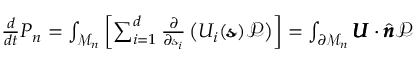
\begin{array} { r } { \frac { d } { d t } P _ { n } = \int _ { \mathcal { M } _ { n } } \left[ \sum _ { i = 1 } ^ { d } \frac { \partial } { \partial \mathscr { s } _ { i } } \left( U _ { i } ( \pmb { \mathscr { s } } ) \mathcal { P } \right) \right] = \int _ { \partial \mathcal { M } _ { n } } \pmb { U } \cdot \hat { \pmb { n } } \mathcal { P } } \end{array}